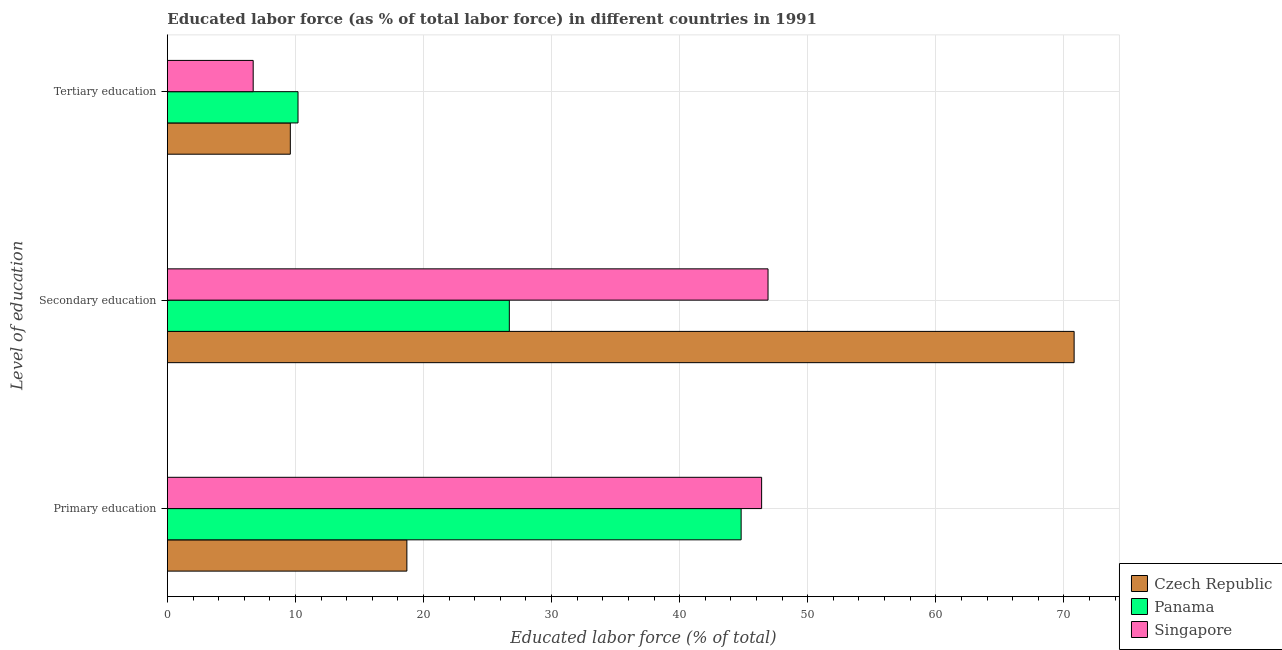
| Level of education | Czech Republic | Panama | Singapore |
 | --- | --- | --- | --- |
 | Primary education | 18.7 | 44.8 | 46.4 |
 | Secondary education | 70.8 | 26.7 | 46.9 |
 | Tertiary education | 9.6 | 10.2 | 6.7 |